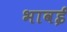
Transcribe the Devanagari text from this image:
भावई